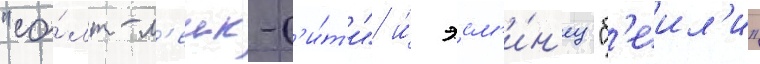
"со́лт-л'еик-с'и́т'и" и́ эсм'и́н'ец "б'еил'и"